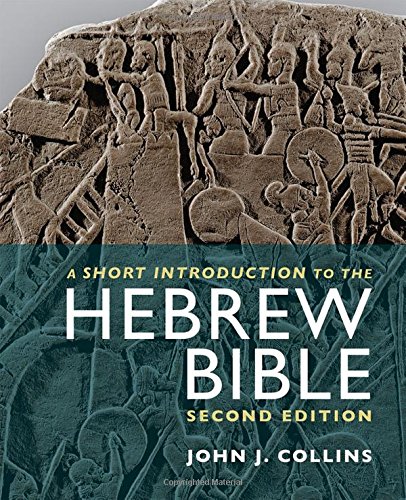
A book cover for A Short Introduction to the Hebrew Bible: Second Edition; John J. Collins; Christian Books & Bibles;